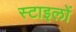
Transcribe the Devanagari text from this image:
स्टाइलों